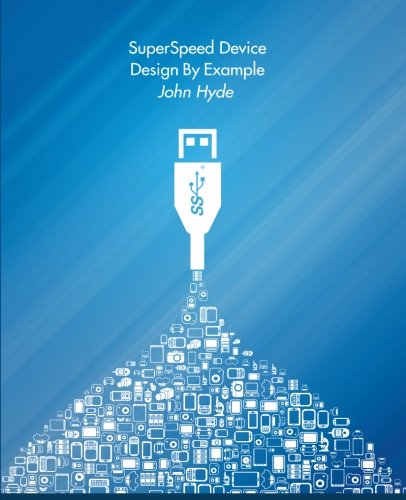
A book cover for SuperSpeed Device Design By Example; John Hyde; Computers & Technology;